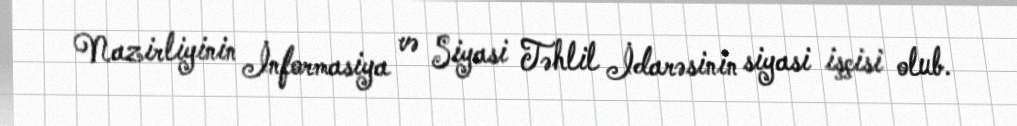
Nazirliyinin İnformasiya və Siyasi Təhlil İdarəsinin siyasi işçisi olub.